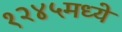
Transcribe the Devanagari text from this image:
१२४५मध्ये